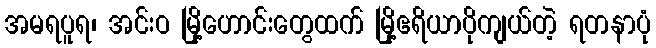
အမရပူရ၊ အင်းဝ မြို့ဟောင်းတွေထက် မြို့ဧရိယာပိုကျယ်တဲ့ ရတနာပုံ